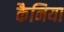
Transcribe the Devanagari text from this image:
कैनिया